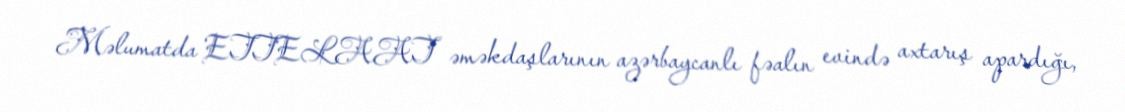
Məlumatda ETTELAAT əməkdaşlarının azərbaycanlı fəalın evində axtarış apardığı,